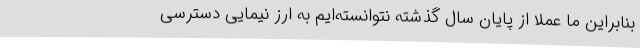
بنابراین ما عملا از پایان سال گذشته نتوانسته‌ایم به ارز نیمایی دسترسی